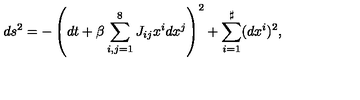
d s ^ { 2 } = - \left( d t + \beta \sum _ { i , j = 1 } ^ { 8 } J _ { i j } x ^ { i } d x ^ { j } \right) ^ { 2 } + \sum _ { i = 1 } ^ { \sharp } ( d x ^ { i } ) ^ { 2 } ,